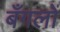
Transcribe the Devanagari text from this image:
बँगलों